画像に写った文字を読んでください
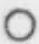
「○」と書いてあります